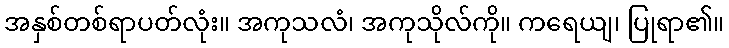
အနှစ်တစ်ရာပတ်လုံး။ အကုသလံ၊ အကုသိုလ်ကို။ ကရေယျ၊ ပြုရာ၏။